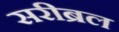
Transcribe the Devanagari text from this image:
सरीब्रल